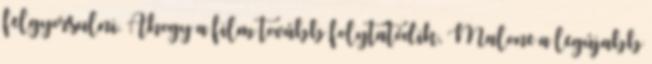
felgyorsulni. Ahogy a film tovább folytatódik, Malone a legújabb